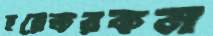
হরেকরকম